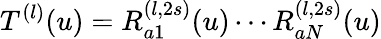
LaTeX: T^{(l)}(u)=R_{a1}^{(l,2s)}(u)\cdots R_{aN}^{(l,2s)}(u)